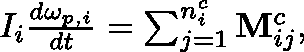
\begin{array} { r } { I _ { i } \frac { d \mathbf { \omega } _ { p , i } } { d t } = \sum _ { j = 1 } ^ { n _ { i } ^ { c } } \mathbf { M } _ { i j } ^ { c } , } \end{array}